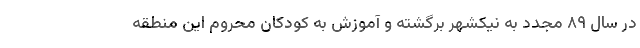
در سال ۸۹ مجدد به نیکشهر برگشته و آموزش به کودکان محروم این منطقه